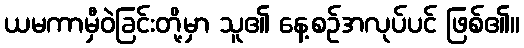
ယမကာမှီဝဲခြင်းတို့မှာ သူ၏ နေ့စဉ်အလုပ်ပင် ဖြစ်၏။